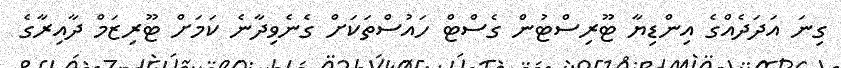
ގިނަ އަދަދެއްގެ އިންޑިޔާ ޓޫރިސްޓުން ގެސްޓް ހައުސްތަކަށް ގެނެވިދާނެ ކަމަށް ޓޫރިޒަމް ދާއިރާގެ